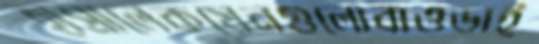
হাপ্‌রালেকয়েনগুলোবাওডাই